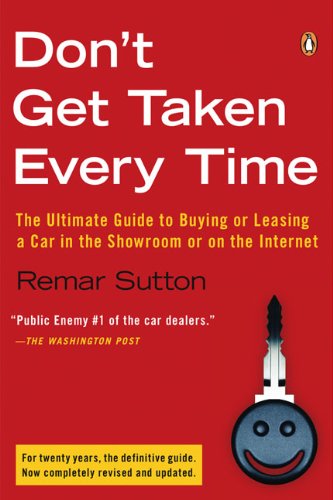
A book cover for Don't Get Taken Every Time: The Ultimate Guide to Buying or Leasing a Car, in the Showroom or on the Internet; Remar Sutton; Engineering & Transportation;